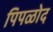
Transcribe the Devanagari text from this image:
पिपळोद